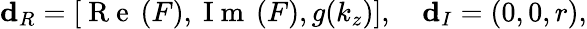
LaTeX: \mathbf{d}_{R}=\left[\mathrm{~R~e~}\left(F\right),\mathrm{~I~m~}\left(F\right),g(k_{z})\right],\quad\mathbf{d}_{I}=\left(0,0,r\right),